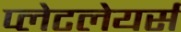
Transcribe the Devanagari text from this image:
प्लेटलेयर्स